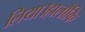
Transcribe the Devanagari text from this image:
लिया।हालाँकि